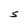
Character: S